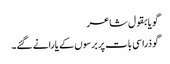
گویا بقول شاعر
گو ذرا سی بات پر برسوں کے یارانے گئے۔